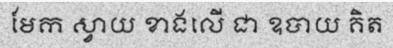
មែក ស្វាយ ខាងលើ ជា ឧបាយ គិត